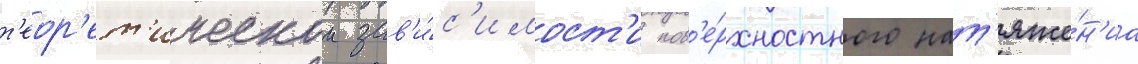
т'еор'ет'ическои зав'и́с'имост'и пов'е́рхностного нат'яже́н'иа